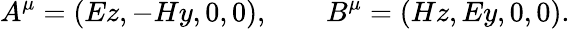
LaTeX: A^{\mu}=(Ez,-Hy,0,0),\qquad B^{\mu}=(Hz,Ey,0,0).